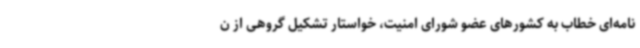
نامه‌ای خطاب به کشورهای عضو شورای امنیت، خواستار تشکیل گروهی از ن